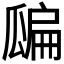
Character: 𤬊